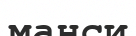
манси